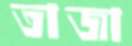
তাজা